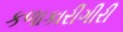
કળાકારીગીરી